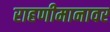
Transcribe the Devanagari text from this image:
राहणीमानावर